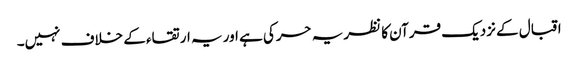
اقبال کے نزدیک قرآن کا نظریہ حرکی ہے اور یہ ارتقاء کے خلاف نہیں۔